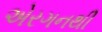
એરગનથી